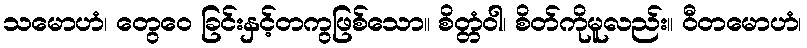
သမောဟံ၊ တွေဝေ ခြင်းနှင့်တကွဖြစ်သော။ စိတ္တံဝါ၊ စိတ်ကိုမူလည်း။ ဝီတမောဟံ၊